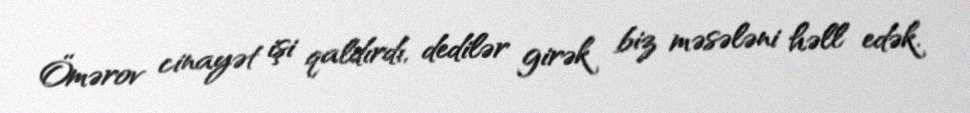
Ömərov cinayət işi qaldırdı, dedilər girək biz məsələni həll edək.